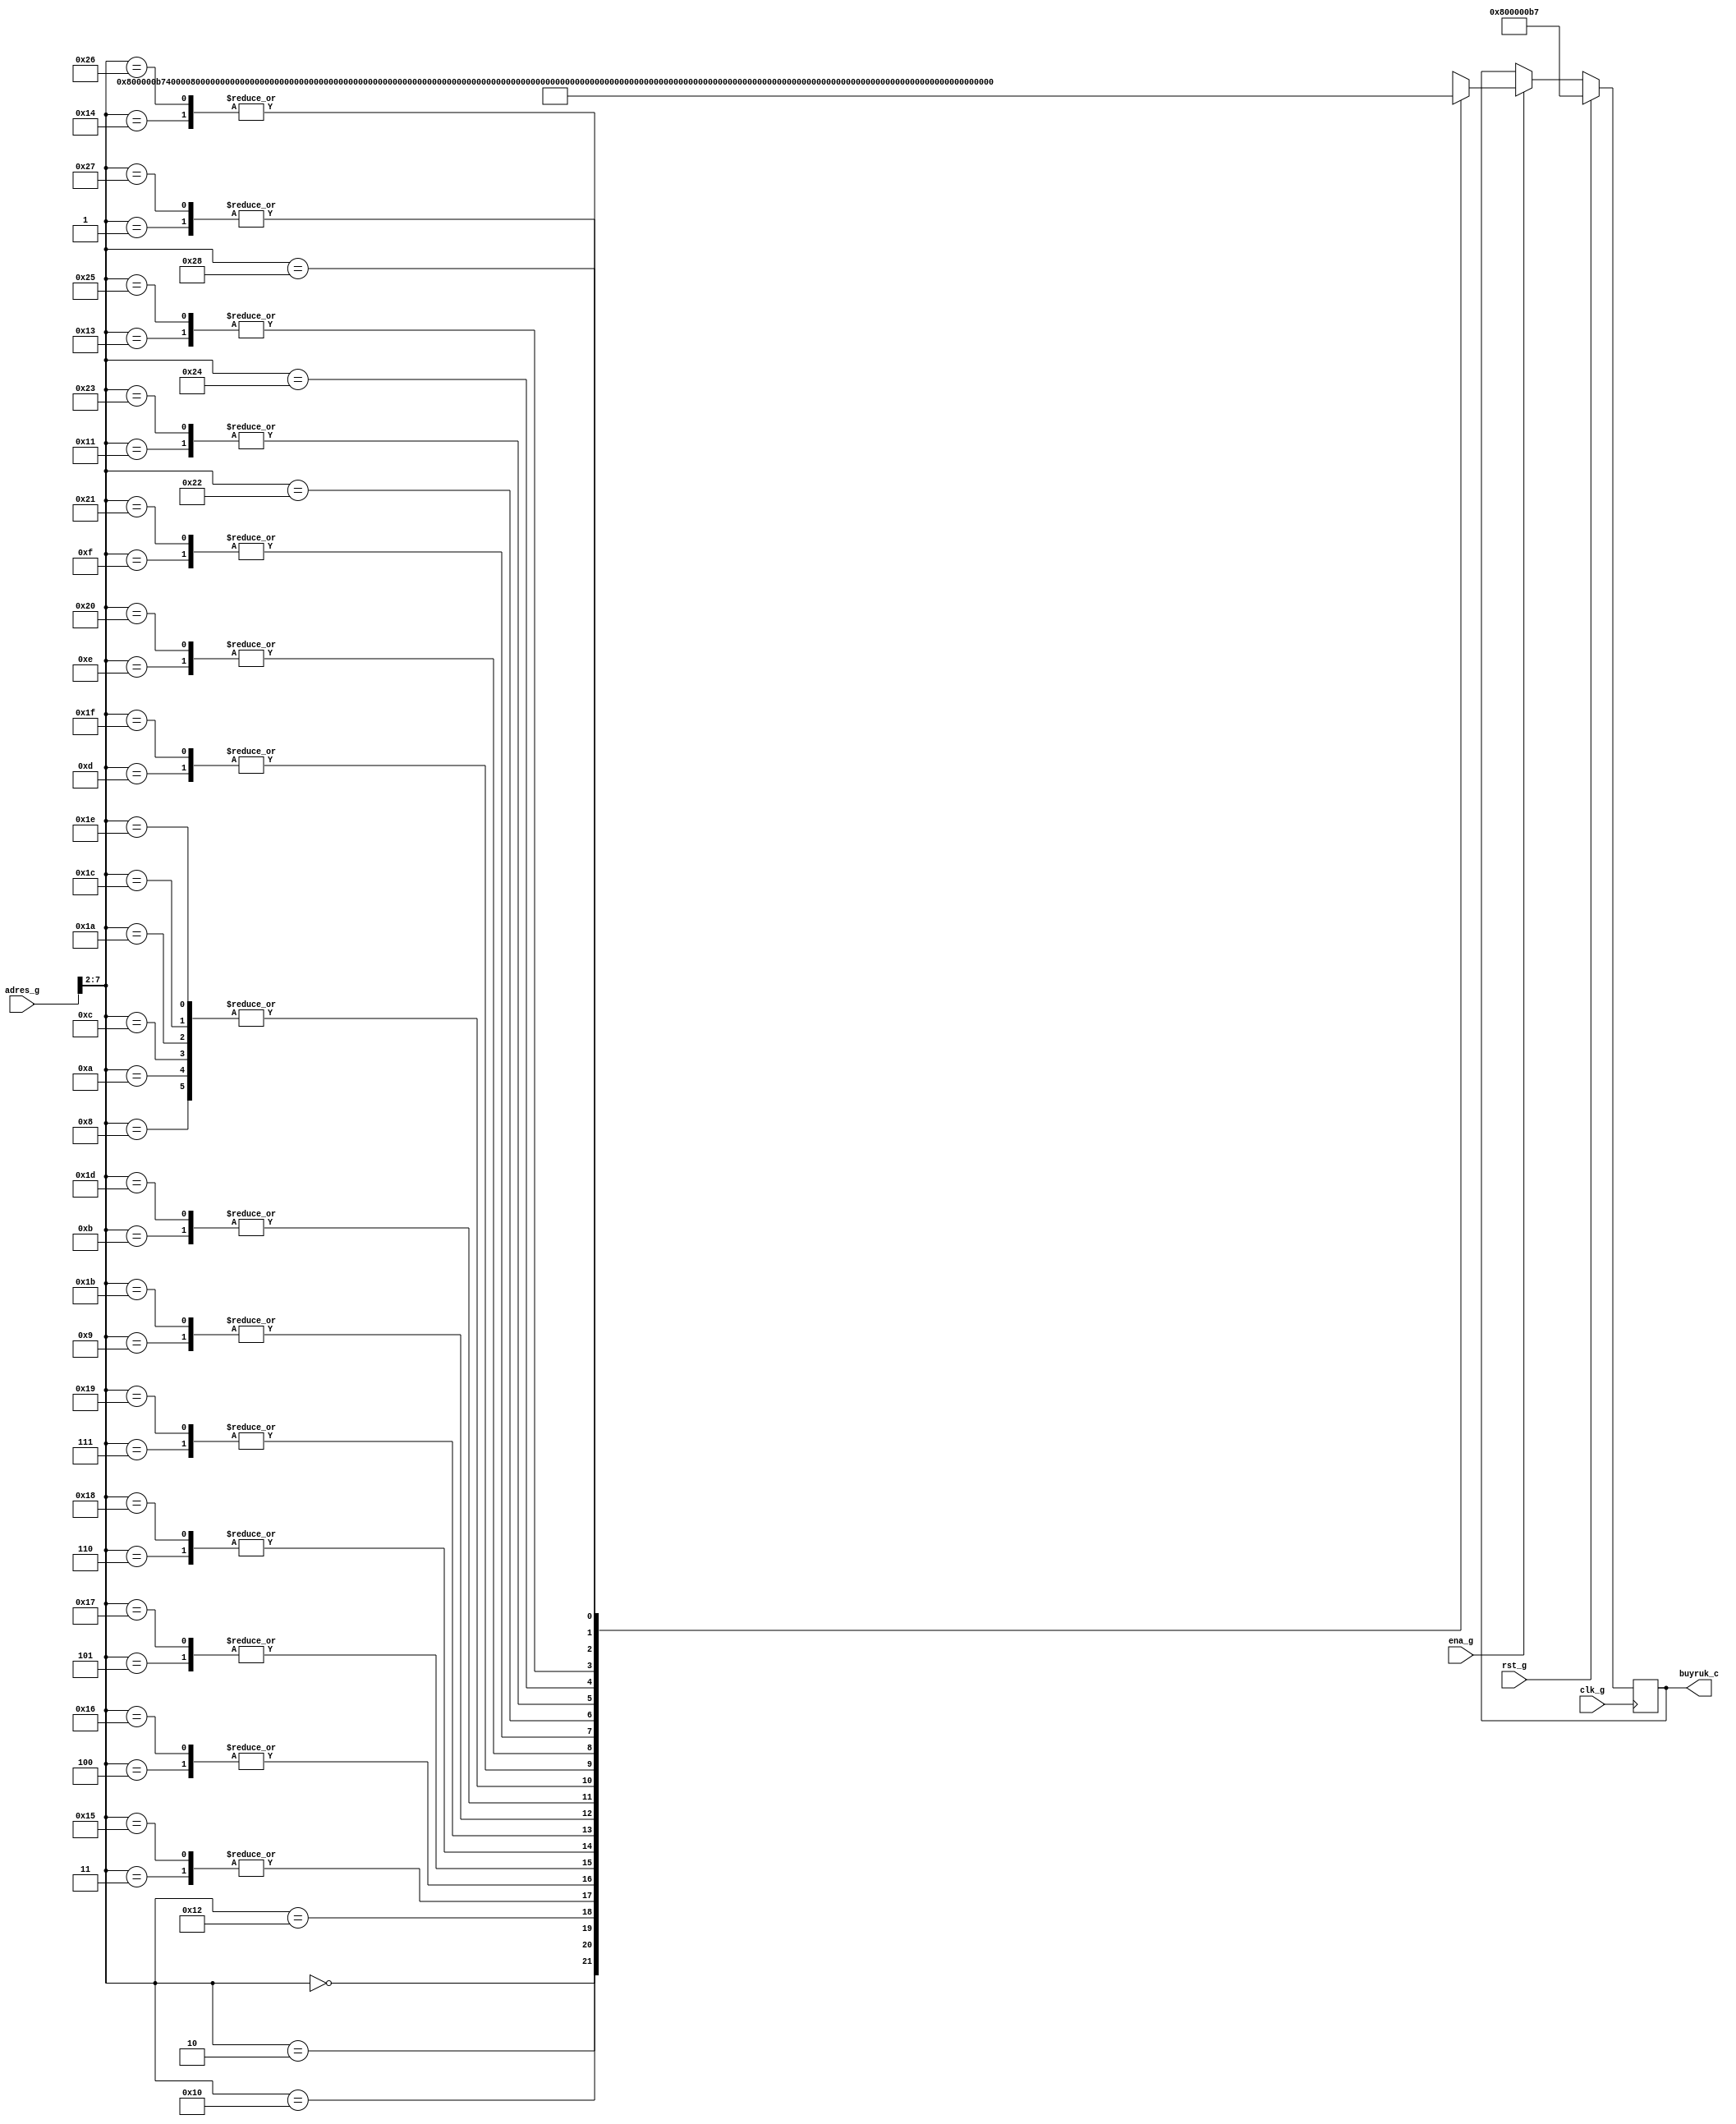
// SPDX-FileCopyrightText: 2020 Efabless Corporation
//
// Licensed under the Apache License, Version 2.0 (the "License");
// you may not use this file except in compliance with the License.
// You may obtain a copy of the License at
//
//      http://www.apache.org/licenses/LICENSE-2.0
//
// Unless required by applicable law or agreed to in writing, software
// distributed under the License is distributed on an "AS IS" BASIS,
// WITHOUT WARRANTIES OR CONDITIONS OF ANY KIND, either express or implied.
// See the License for the specific language governing permissions and
// limitations under the License.
// SPDX-License-Identifier: Apache-2.0
`timescale 1ns / 1ps

module baslangic_bellegi(
  input                             clk_g                                 ,
  input                             rst_g                                 ,
 
  input           [31:0]            adres_g                               ,
  output          [31:0]            buyruk_c                              ,
  input                             ena_g                         
);

  wire            [31:0]            buyruklar     [40:0]                  ;
  reg             [31:0]            buyruk_r                              ;
  reg             [31:0]            buyruk_ns                             ;

  assign buyruk_c                   =         buyruk_r                    ;
    
  assign buyruklar[0]               =         32'H800000B7                ;
  assign buyruklar[1]               =         32'H00010537                ;
  assign buyruklar[2]               =         32'H40000A37                ;
  assign buyruklar[3]               =         32'H0000A103                ;
  assign buyruklar[4]               =         32'H0000A183                ;
  assign buyruklar[5]               =         32'H0000A203                ;
  assign buyruklar[6]               =         32'H0000A283                ;
  assign buyruklar[7]               =         32'H00028313                ;
  assign buyruklar[8]               =         32'H00831313                ;
  assign buyruklar[9]               =         32'H00436333                ;
  assign buyruklar[10]              =         32'H00831313                ;
  assign buyruklar[11]              =         32'H00336333                ;
  assign buyruklar[12]              =         32'H00831313                ;
  assign buyruklar[13]              =         32'H00236333                ;
  assign buyruklar[14]              =         32'H00000393                ;
  assign buyruklar[15]              =         32'H00008103                ;
  assign buyruklar[16]              =         32'H00250023                ;
  assign buyruklar[17]              =         32'H00138393                ;
  assign buyruklar[18]              =         32'H00150513                ;
  assign buyruklar[19]              =         32'H00638463                ;
  assign buyruklar[20]              =         32'HFEDFF06F                ;
  assign buyruklar[21]              =         32'H0000A103                ;
  assign buyruklar[22]              =         32'H0000A183                ;
  assign buyruklar[23]              =         32'H0000A203                ;
  assign buyruklar[24]              =         32'H0000A283                ;
  assign buyruklar[25]              =         32'H00028313                ;
  assign buyruklar[26]              =         32'H00831313                ;
  assign buyruklar[27]              =         32'H00436333                ;
  assign buyruklar[28]              =         32'H00831313                ;
  assign buyruklar[29]              =         32'H00336333                ;
  assign buyruklar[30]              =         32'H00831313                ;
  assign buyruklar[31]              =         32'H00236333                ;
  assign buyruklar[32]              =         32'H00000393                ;
  assign buyruklar[33]              =         32'H00008103                ;
  assign buyruklar[34]              =         32'H002A0023                ;
  assign buyruklar[35]              =         32'H00138393                ;
  assign buyruklar[36]              =         32'H001A0A13                ;
  assign buyruklar[37]              =         32'H00638463                ;
  assign buyruklar[38]              =         32'HFEDFF06F                ;
  assign buyruklar[39]              =         32'H00010537                ;
  assign buyruklar[40]              =         32'H00050067                ;                       
                                                    
  always @* begin                                 
    buyruk_ns                       =         buyruklar[(adres_g>>2)]     ;
  end
  
  always @(posedge clk_g) begin
    if (rst_g)
      buyruk_r                      <=        buyruklar[0]                ;
    else begin
      if(ena_g) 
        buyruk_r                    <=        buyruk_ns                   ;
      else
        buyruk_r                    <=        buyruk_r                    ;
      
    end        
  end
  

endmodule